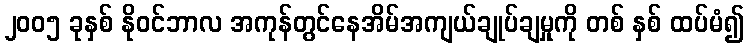
၂၀၀၅ ခုနှစ် နိုဝင်ဘာလ အကုန်တွင်နေအိမ်အကျယ်ချုပ်ချမှုကို တစ် နှစ် ထပ်မံ၍